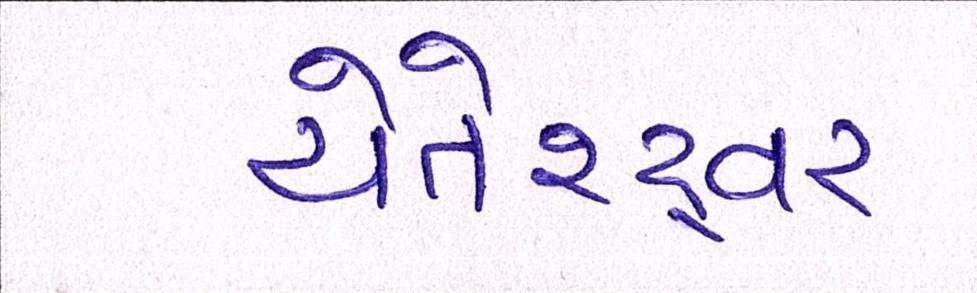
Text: ચેતેશ્ર્વર